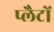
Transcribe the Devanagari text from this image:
प्लैटों